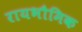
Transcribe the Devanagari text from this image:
रायभौमिक